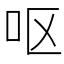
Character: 呕